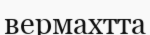
вермахтта